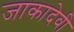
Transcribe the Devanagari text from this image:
जाकादेवी